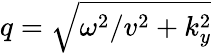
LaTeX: q=\sqrt{\omega^{2}/v^{2}+k_{y}^{2}}